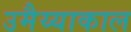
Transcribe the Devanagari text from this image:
उमैय्याकाल